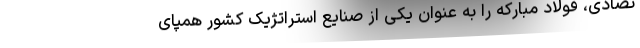
تصادی، فولاد مبارکه را به عنوان یکی از صنایع استراتژیک کشور همپای